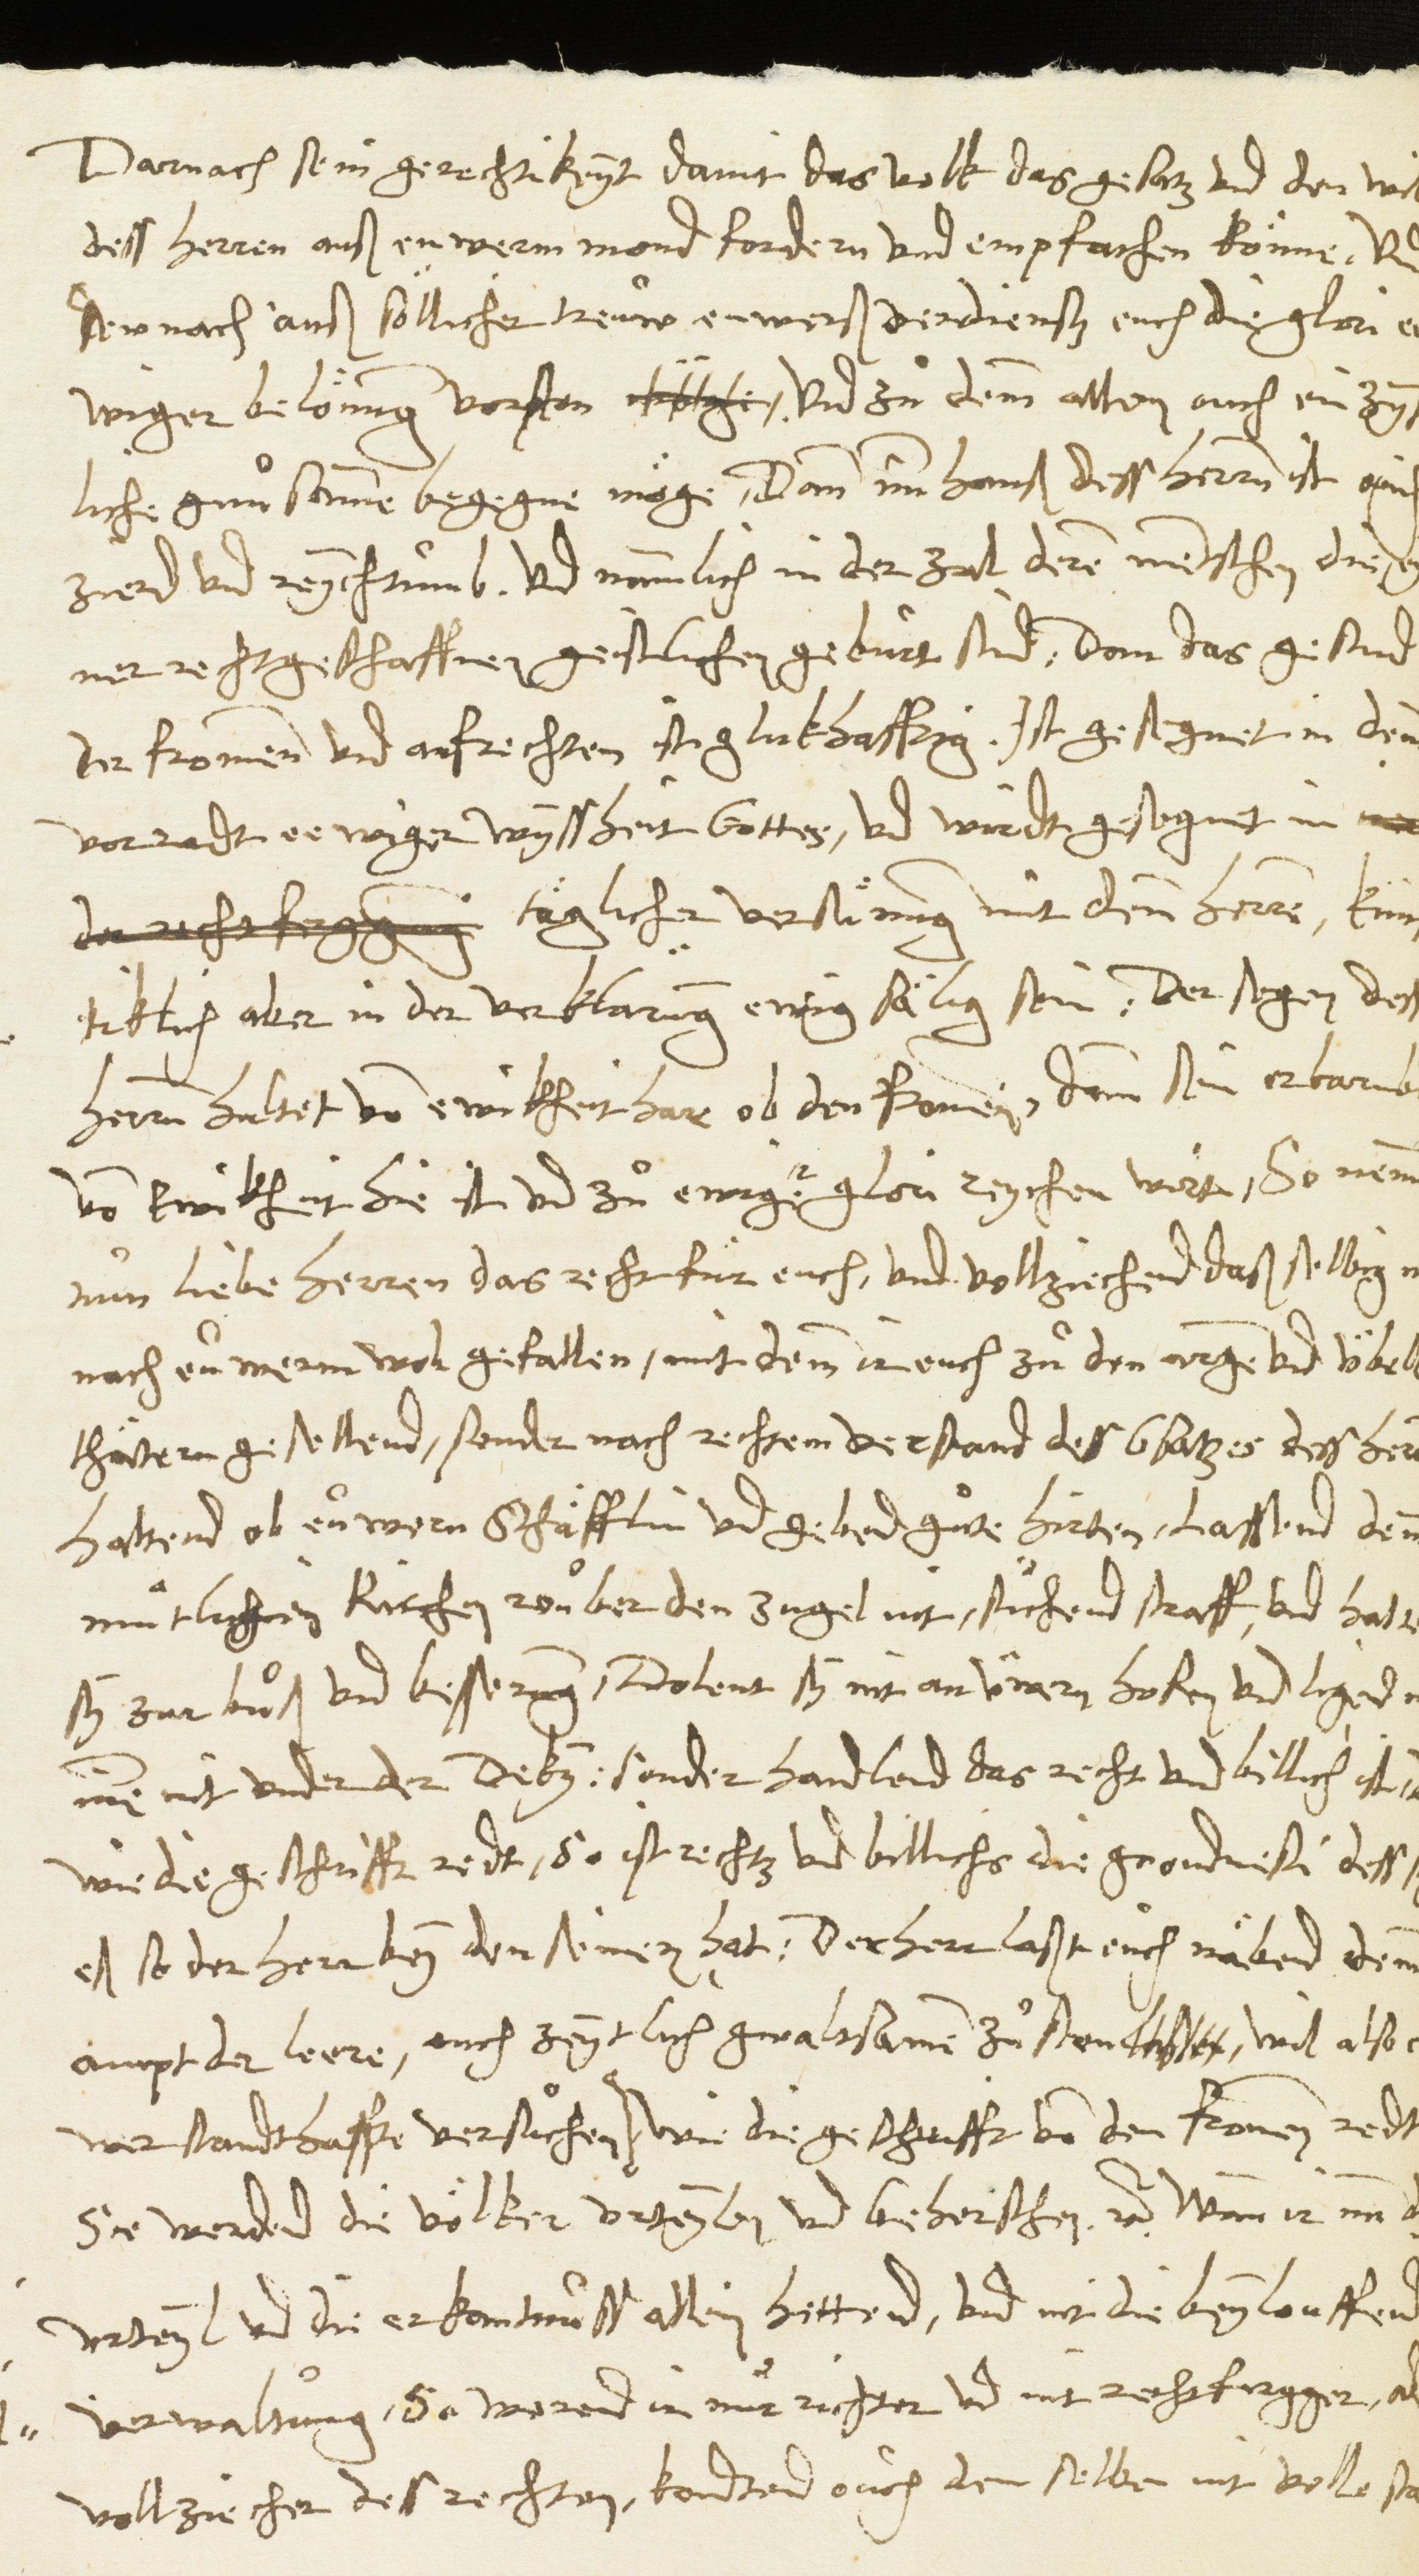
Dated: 1546–1546